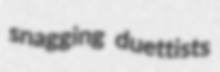
snagging duettists